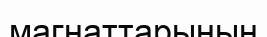
магнаттарының